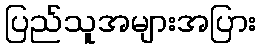
ပြည်သူအများအပြား